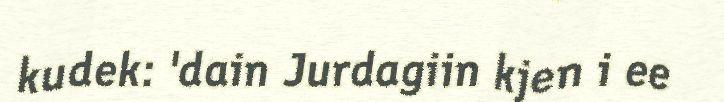
kudek: 'dain Jurdagiin kjen i ee